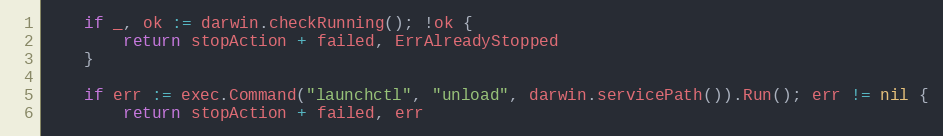
Language: Go
	if _, ok := darwin.checkRunning(); !ok {
		return stopAction + failed, ErrAlreadyStopped
	}

	if err := exec.Command("launchctl", "unload", darwin.servicePath()).Run(); err != nil {
		return stopAction + failed, err